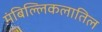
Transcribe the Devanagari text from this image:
मंबिल्लिकलातिल